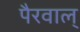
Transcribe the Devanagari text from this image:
पैरवाल्